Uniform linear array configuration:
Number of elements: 16
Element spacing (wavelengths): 0.75
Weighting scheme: hann
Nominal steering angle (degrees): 0
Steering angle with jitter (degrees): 1.409
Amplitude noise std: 0.05
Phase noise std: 0.05

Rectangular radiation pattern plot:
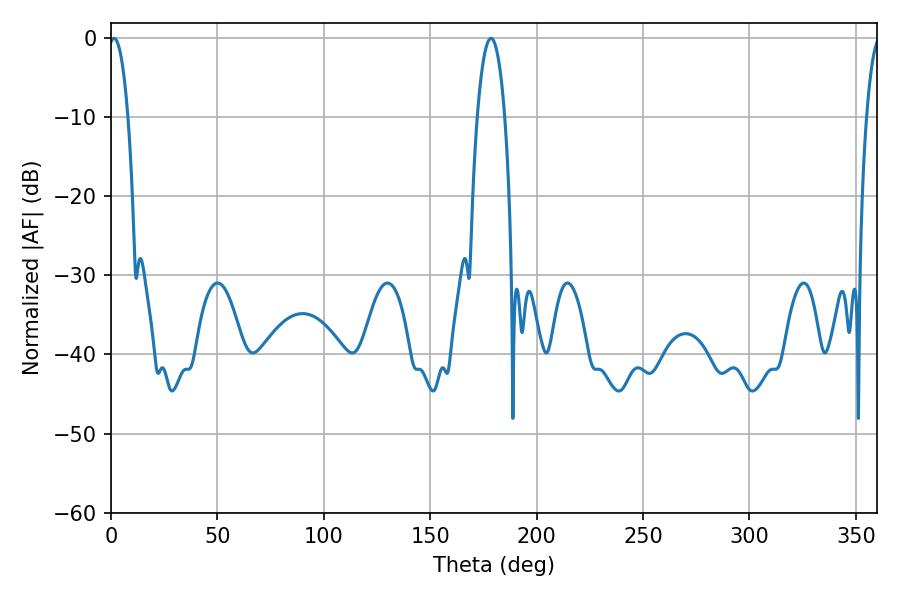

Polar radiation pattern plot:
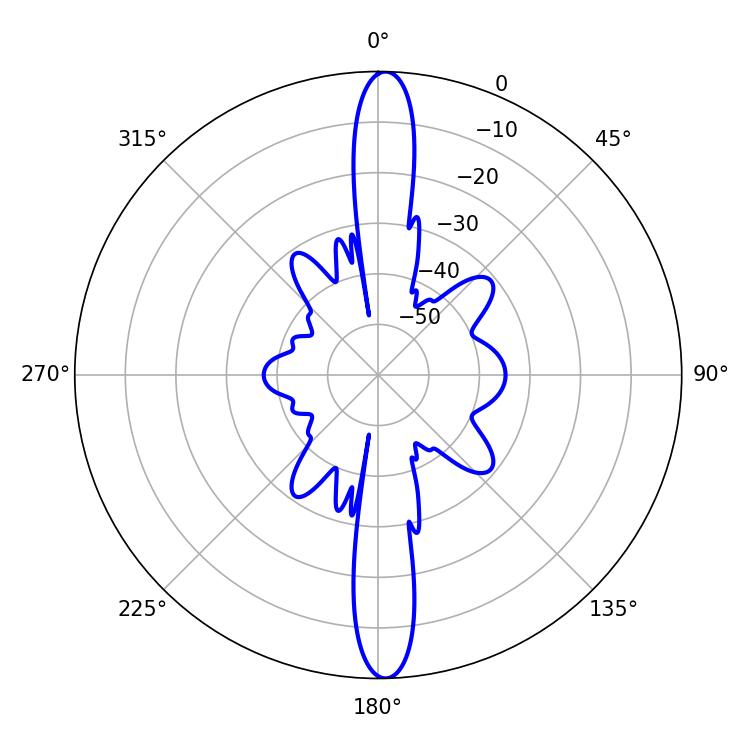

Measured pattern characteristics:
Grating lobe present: TRUE
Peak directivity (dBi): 24.503
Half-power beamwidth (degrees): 5.04
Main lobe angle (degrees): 1.44